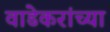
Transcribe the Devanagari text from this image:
वाडेकरांच्या